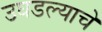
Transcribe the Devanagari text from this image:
उघडल्‍याचे